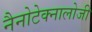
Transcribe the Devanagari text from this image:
नैनोटेक्नालोजी